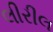
લીરીલ